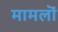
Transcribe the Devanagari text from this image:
मामलॊं